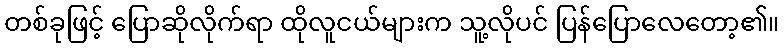
တစ်ခုဖြင့် ပြောဆိုလိုက်ရာ ထိုလူငယ်များက သူ့လိုပင် ပြန်ပြောလေတော့၏။